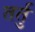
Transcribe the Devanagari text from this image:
तर्तु